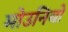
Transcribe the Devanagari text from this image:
मोउनियो